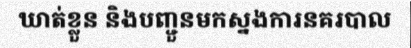
ឃាត់ខ្លួន និងបញ្ជួនមកស្នងការនគរបាល